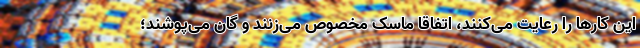
این کارها را رعایت می‌کنند، اتفاقا ماسک مخصوص می‌زنند و گان می‌پوشند؛